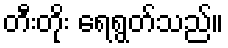
တီးတိုး ရေရွတ်သည်။